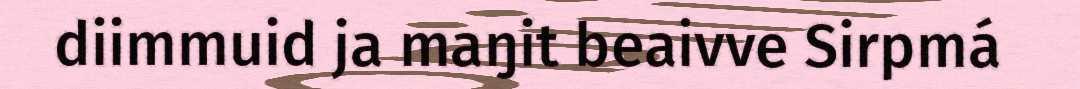
diimmuid ja maŋit beaivve Sirpmá